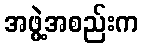
အဖွဲ့အစည်းက